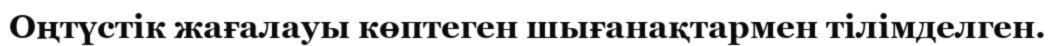
Оңтүстік жағалауы көптеген шығанақтармен тілімделген.